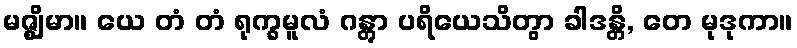
မဇ္ဈိမာ။ ယေ တံ တံ ရုက္ခမူလံ ဂန္တွာ ပရိယေသိတွာ ခါဒန္တိ, တေ မုဒုကာ။